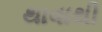
થાવાથી